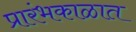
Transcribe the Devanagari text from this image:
प्रारंभकाळात